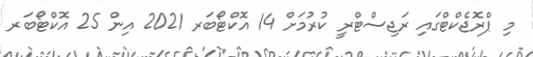
މި ޕްރޮޖެކްޓްގައި ރަޖިސްޓްރީ ކުރުމަށް 14 އޮކްޓޯބަރ 2021 އިން 25 އޮކްޓޯބަރ